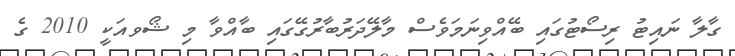
ގާލާ ނައިޓު ރިސޯޓުގައި ބޭއްވިނަމަވެސް މާލޭދަރުބާރުގޭގައި ބާއްވާ މި ޝޯވއަކީ 2010 ގެ